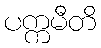
ပက္ကမီတိ